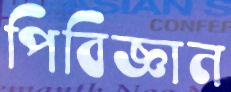
পিবিজ্ঞান